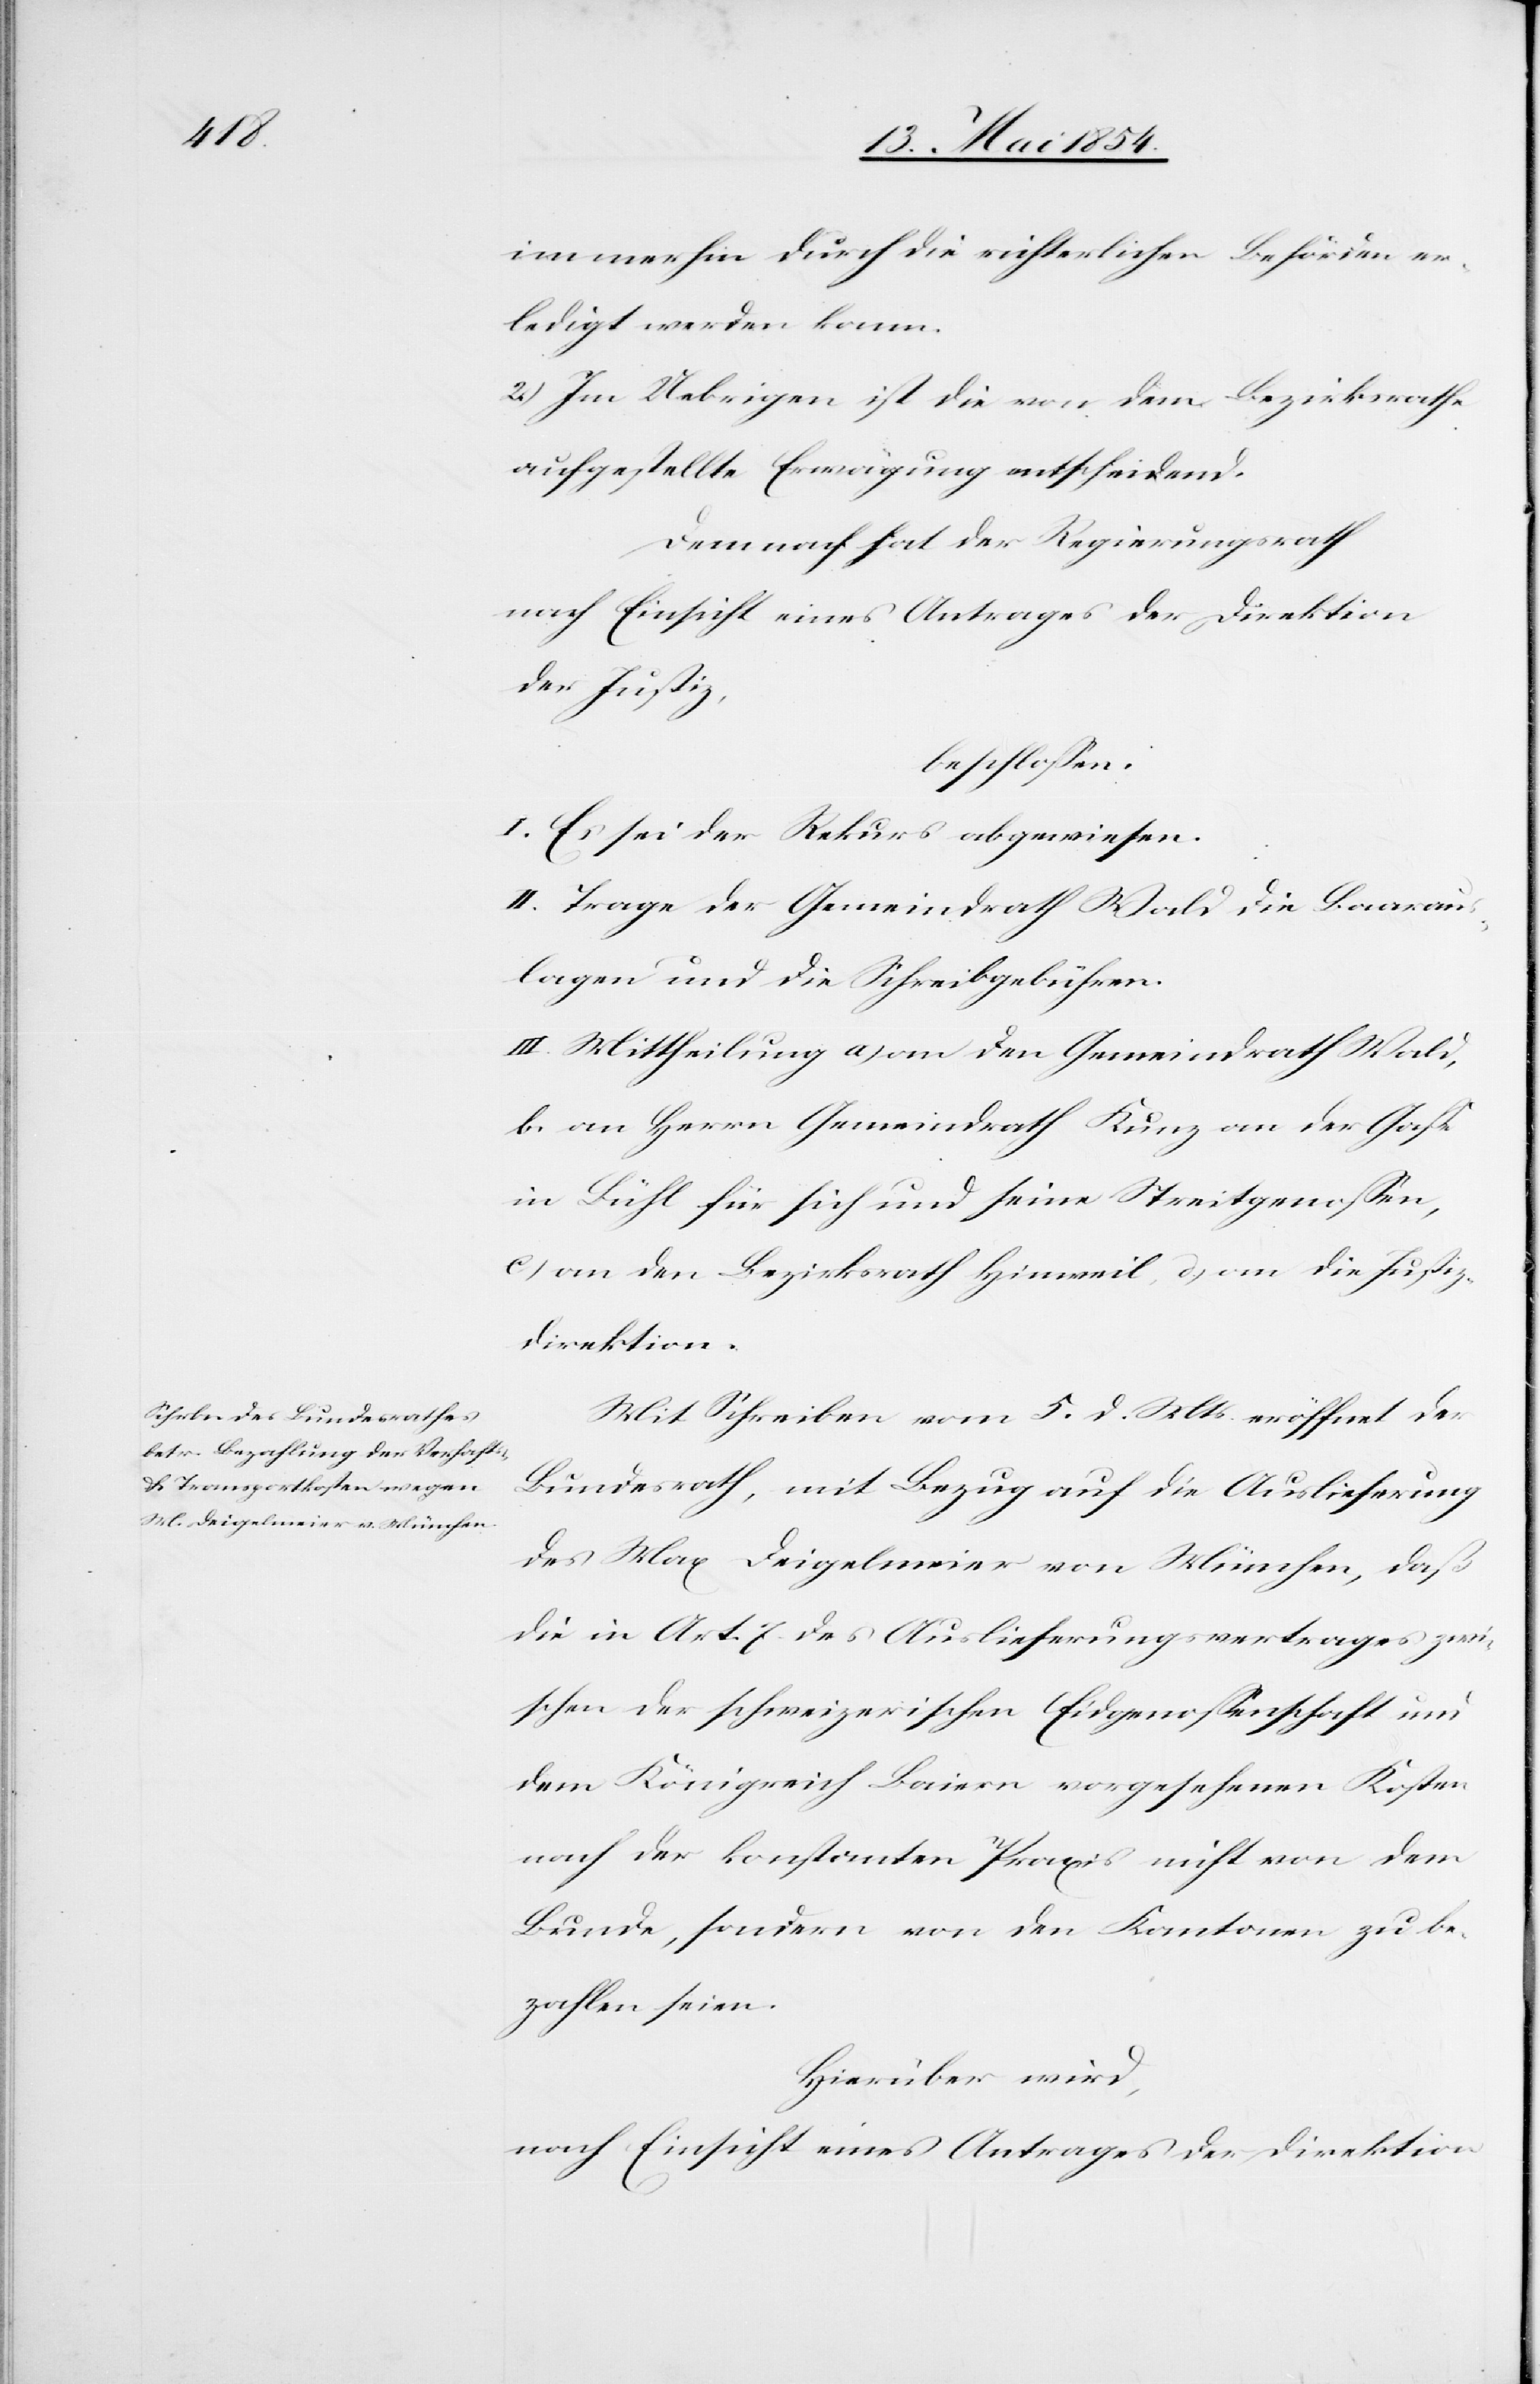
immerhin durch die richterlichen Behörden er¬
ledigt werden kann.
2.) Im Uebrigen ist die von dem Bezirksrathe
aufgestellte Erwägung entscheidend.
Demnach hat der Regierungsrath
nach Einsicht eines Antrages der Direktion
der Justiz,
beschloßen:
I. Es sei der Rekurs abgewiesen.
II. Trage der Gemeindrath Wald die Baaraus¬
lagen und die Schreibgebühren.
III. Mittheilung a) an den Gemeindrath Wald,
b. an Herrn Gemeindrath Kunz an der Gaße
in Bühl für sich und seine Streitgenoßen,
c) an den Bezirksrath Hinweil, d) an die Justiz¬
direktion.
Mit Schreiben vom 5. d. Mts eröffnet der
Bundesrath, mit Bezug auf die Auslieferung
des Max Deigelmaier von München, daß
die in Art. 7. des Auslieferungsvertrages zwi¬
schen der schweizerischen Eidgenoßenschaft und
dem Königreich Baiern vorgesehenen Kosten
nach der konstanten Praxis nicht von dem
Bunde, sondern von den Kantonen zu be¬
zahlen seien.
Hierüber wird,
nach Einsicht eines Antrages der Direktion